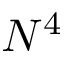
N ^ { 4 }